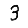
Digit: 3